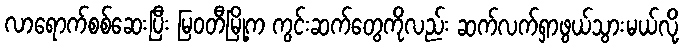
လာရောက်စစ်ဆေးပြီး မြဝတီမြို့က ကွင်းဆက်တွေကိုလည်း ဆက်လက်ရှာဖွယ်သွားမယ်လို့